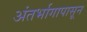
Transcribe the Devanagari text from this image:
अंतर्भागापासून